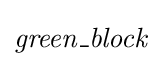
{\mathit {green\_block}}